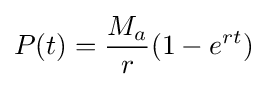
P(t)={\frac {M_{a}}{r}}(1-e^{rt})